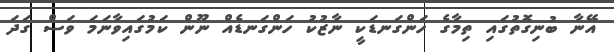
އޭނާ ބުނިގޮތުގައި ތިމާގެ ހަންގަނޑަކީ ނާޒުކު ހަންގަނޑެއް ނޫން ކަމުގައިވާނަމަ ވަސް ގަދަ